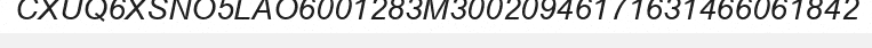
CXUQ6XSNO5LAO6001283M30020946171631466061842